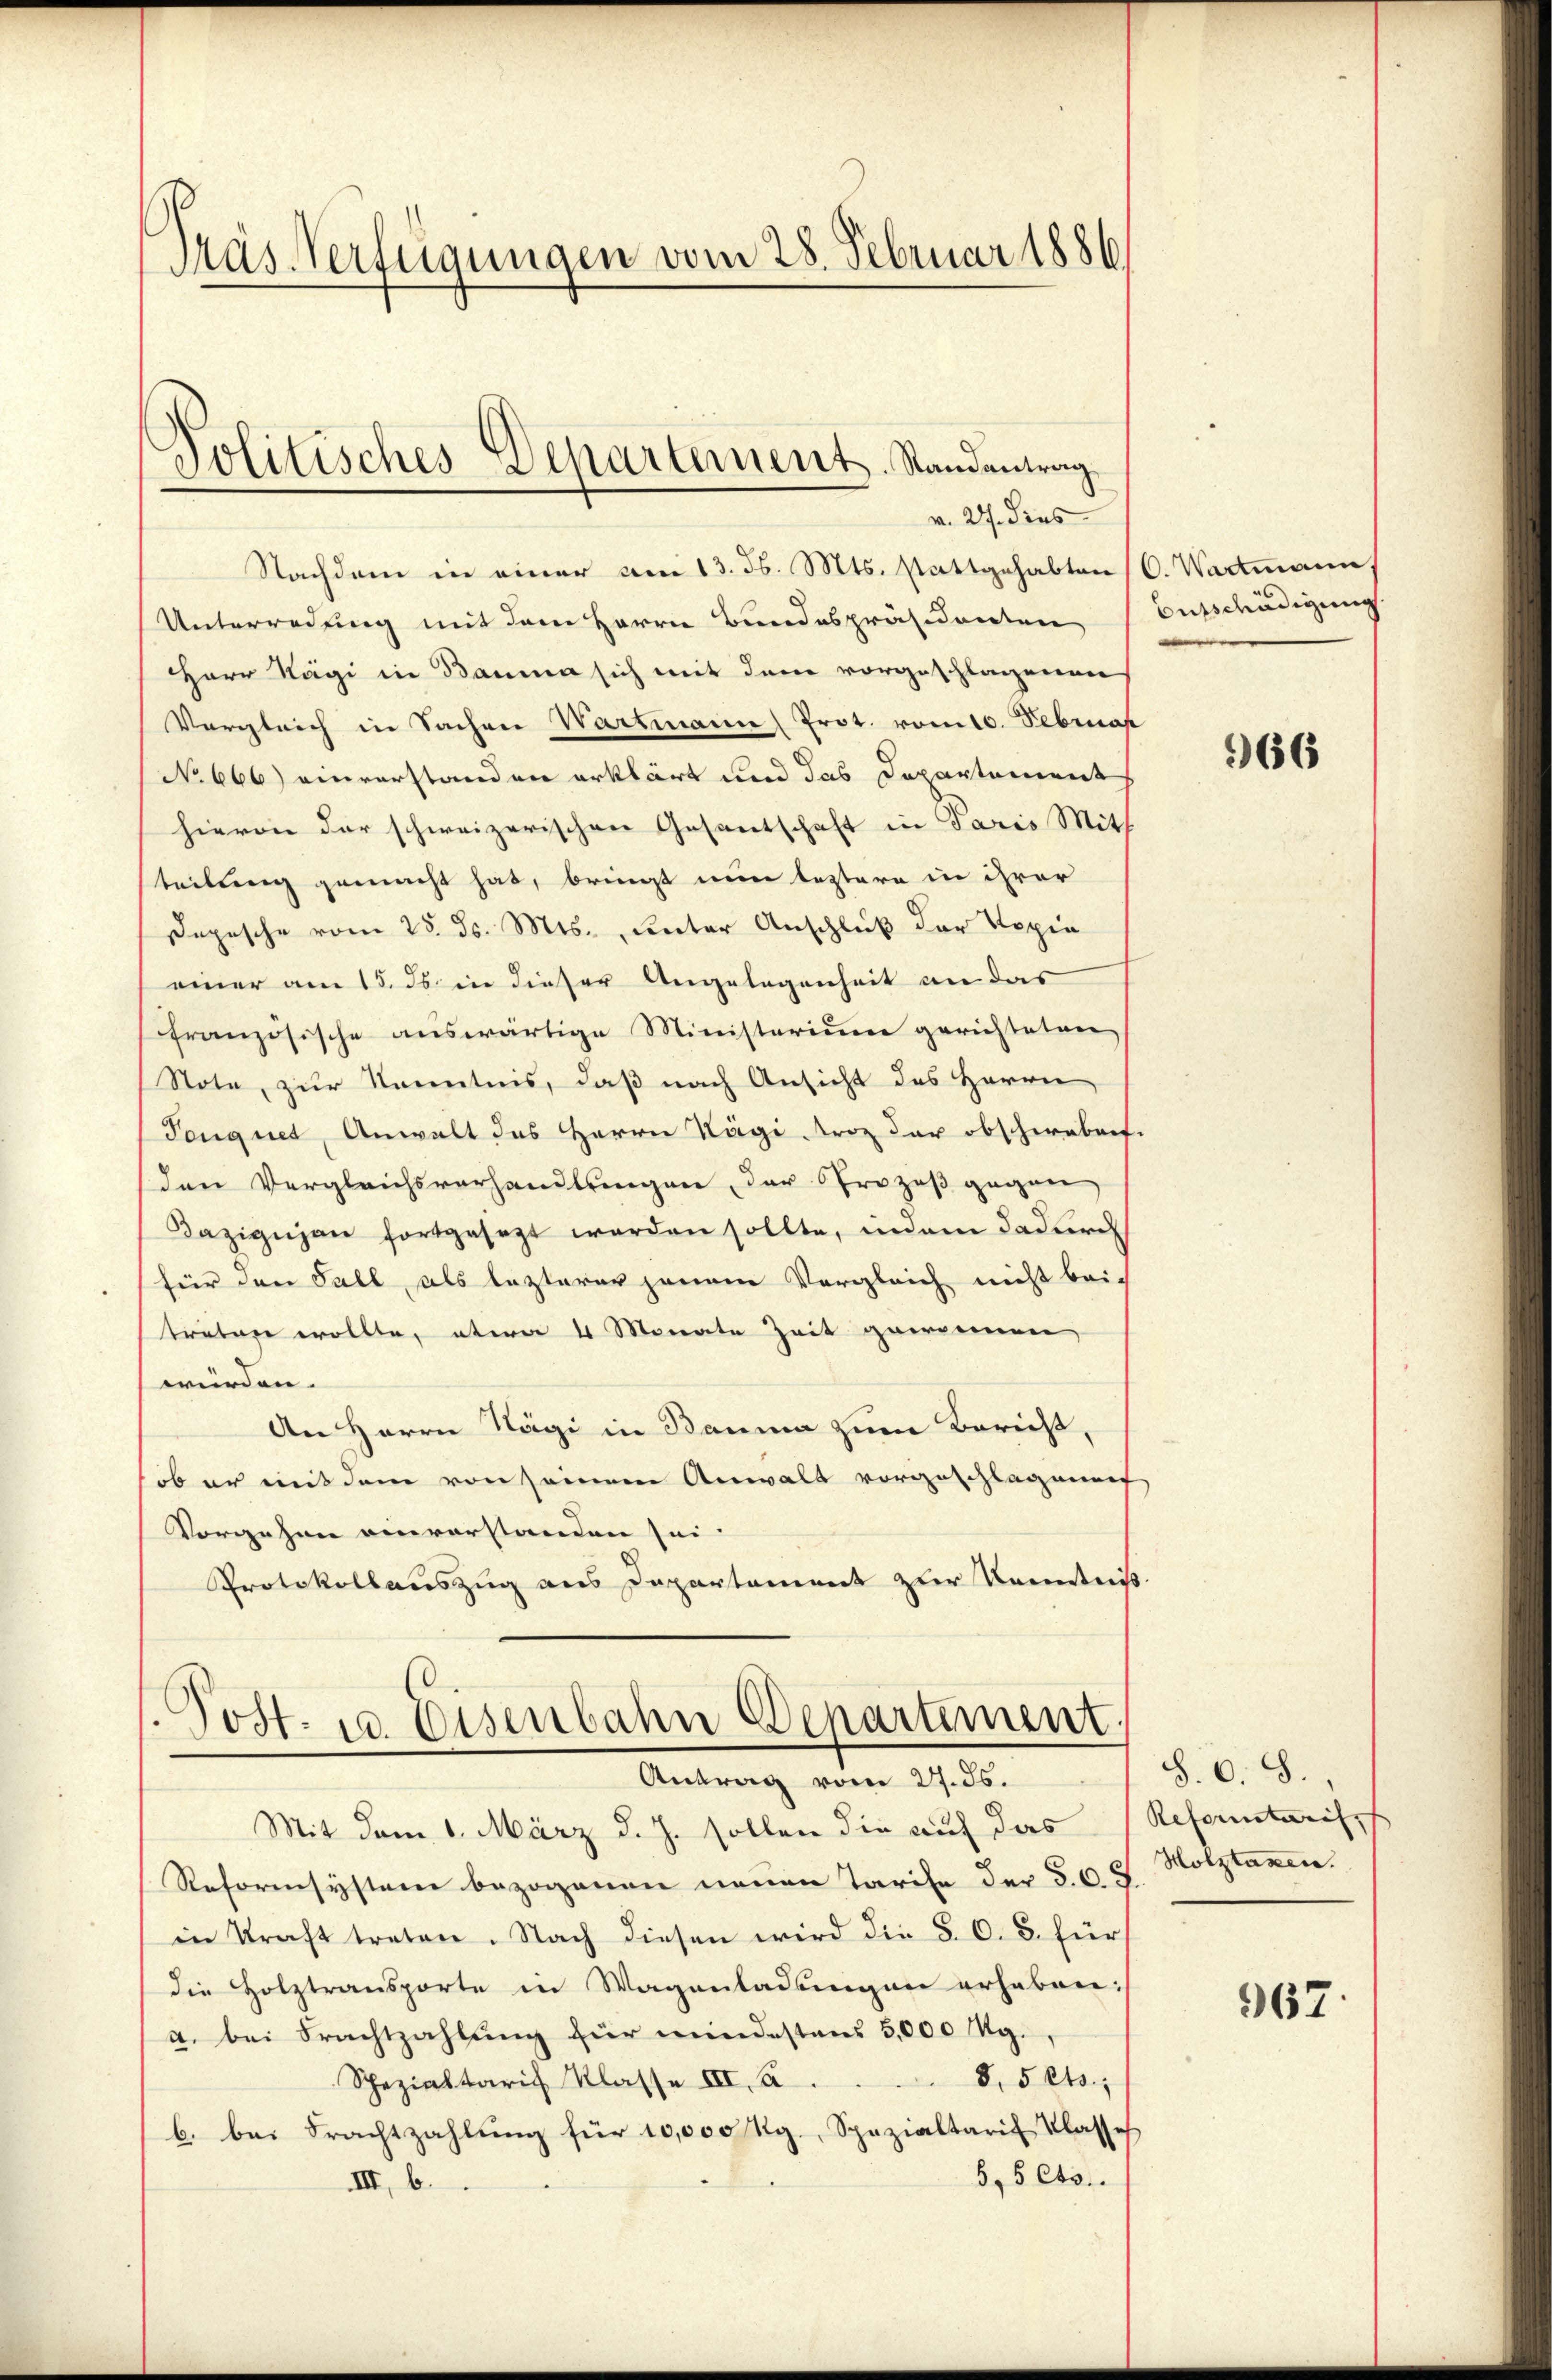
Präs. Verfügungen vom 28. Februar 1886

Nachdem in einer am 13. d. Mts. stattgehabten (C. Wartmann.
Unterredung mit dem Herrn Bundespräsidenten Ausschädigung
Herr Kägi in Bauma sich mit dem vorgeschlagenen
Vergleich in Sachen Wartmann Prot. vom 10. Februar
No 666) einverstanden erklärt und das Departement
hievon der schweizerischen Gesantschaft in Paris Mitt
teilung gemacht hat, bringt nun leztere in ihrer
Depesche vom 25. ds. Mts., unter Anschluß der Kopie
einer am 15. ds. in dieser Angelegenheit an das
französische auswärtige Ministerium gerichteten
Note, zur Kenntnis, daß nach Ansicht des Herrn
Tougnet, Anwalt des Herrn Kägi troz der obschieben.
den Vergleichsverhandlungen, der Prozeß gegen
Kazigijan fortgesezt worden sollte, indem dadurch
für den Fall, als lezterer jenem Vergleich nicht bei
treten wollte, etwa 4 Monate Zeit gewonnen,
würden.
An Herrn Nägi in Bauma zum Bericht,
ob er mit dem von seinem Anwalt vorgeschlaganf
Vorgehen einverstanden sei.
Protokollauszug aus Departement zur Kenntniß.

Politisches Departement. Randantrag
v. 24. dies

(Post. 10. Eisenbahn Departiment.

Antrag vom 27. ds.
Mit dem 1. März d. J. sollen die auf das
Reformsystem bezogenen neuen Tarife der §. 6. J
in Kraft treten. Nach diesen wird die S. O. B. für
die Holztransporte in Wagenladungen erhaben:
a. bei Frachtzahlung für mindestens 5,000 Mg.
8. 5 ts;
Spezialtarif Klasse III. A
b. bei Frachtzahlŭng für 10,000 Rg., Spezialtarif Klassel
5,5 Cts.
III. b.

966

S. O. S.
Reformstarif
Holztaxen.

967.